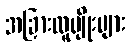
အခြားလူမျိုးများ